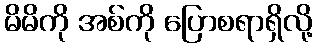
မိမိကို အစ်ကို ပြောစရာရှိလို့